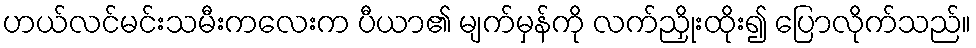
ဟယ်လင်မင်းသမီးကလေးက ပီယာ၏ မျက်မှန်ကို လက်ညှိုးထိုး၍ ပြောလိုက်သည်။